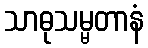
သာဓုသမ္မတာနံ